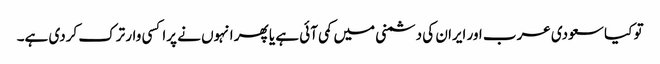
تو کیا سعودی عرب اور ایران کی دشمنی میں کمی آئی ہے یا پھر انہوں نے پراکسی وار ترک کردی ہے۔